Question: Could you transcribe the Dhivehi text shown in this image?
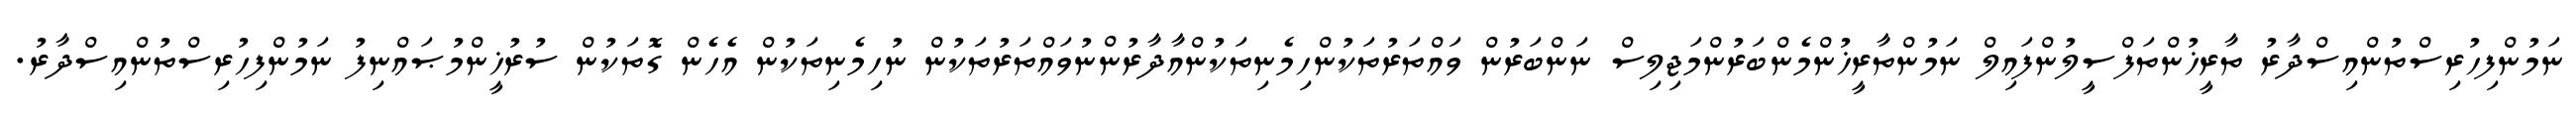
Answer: ނަމުންފިހުރިސްތުންއިސްދާރު ތާރީޚުންތަފްސީލުންފައިލް ނަމުންތާރީޚުންމެންބަރުންމަޖިލިސް ނަންބަރުން ވައްތަރުތަކުންހިމެނިތަކުންއާދާރުންނުވައްތަރުތަކުން ނުހިމެނިތަކުން އެހެން ގޮތަކުން ސުރުޚީންމުޞައްނިފު ނަމުންފިހުރިސްތުންއިސްދާރު.